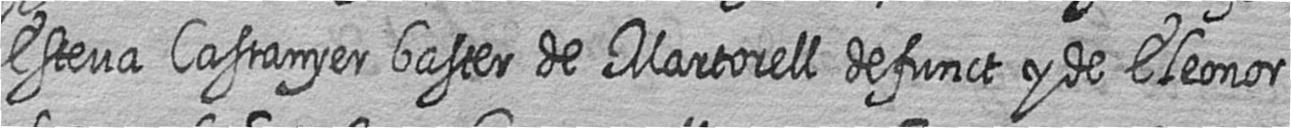
Esteva Castanyer baster de Martorell defunct y de Eleonor